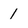
Character: 1